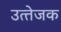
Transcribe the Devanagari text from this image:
उत्‍तेजक